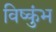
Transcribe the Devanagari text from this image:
विष्कुंभ